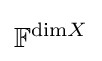
\mathbb {F} ^{{\text{dim}}X}